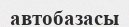
автобазасы